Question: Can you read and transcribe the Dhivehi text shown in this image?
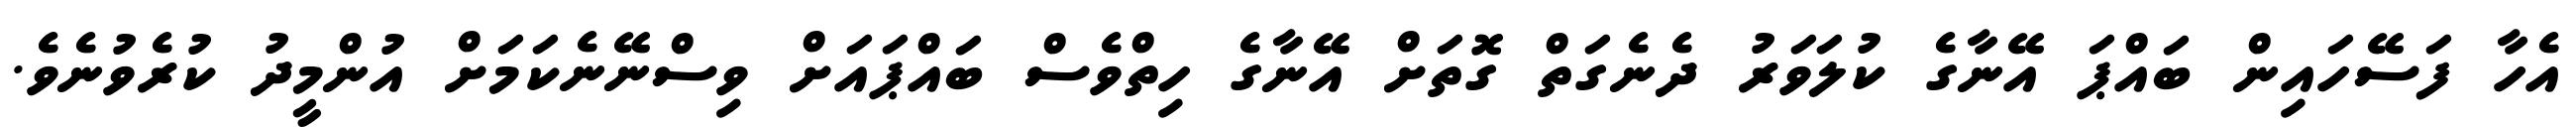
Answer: އެހާ ފަސޭހައިން ބައްޕަ އޭނާގެ ކުލަވަރު ދެނެގަތް ގޮތަށް އޭނާގެ ހިތްވެސް ބައްޕައަށް ވިސްނޭނެކަމަށް އުންމީދު ކުރެވުނެވެ.